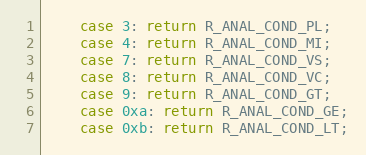
Language: C
	case 3: return R_ANAL_COND_PL;
	case 4: return R_ANAL_COND_MI;
	case 7: return R_ANAL_COND_VS;
	case 8: return R_ANAL_COND_VC;
	case 9: return R_ANAL_COND_GT;
	case 0xa: return R_ANAL_COND_GE;
	case 0xb: return R_ANAL_COND_LT;